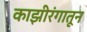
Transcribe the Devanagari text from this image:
काझीरंगातून